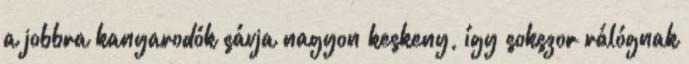
a jobbra kanyarodók sávja nagyon keskeny, így sokszor rálógnak